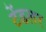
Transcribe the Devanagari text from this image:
टेंडलर